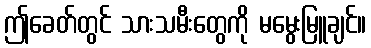
ဤခေတ်တွင် သားသမီးတွေကို မမွေးမြူချင်။